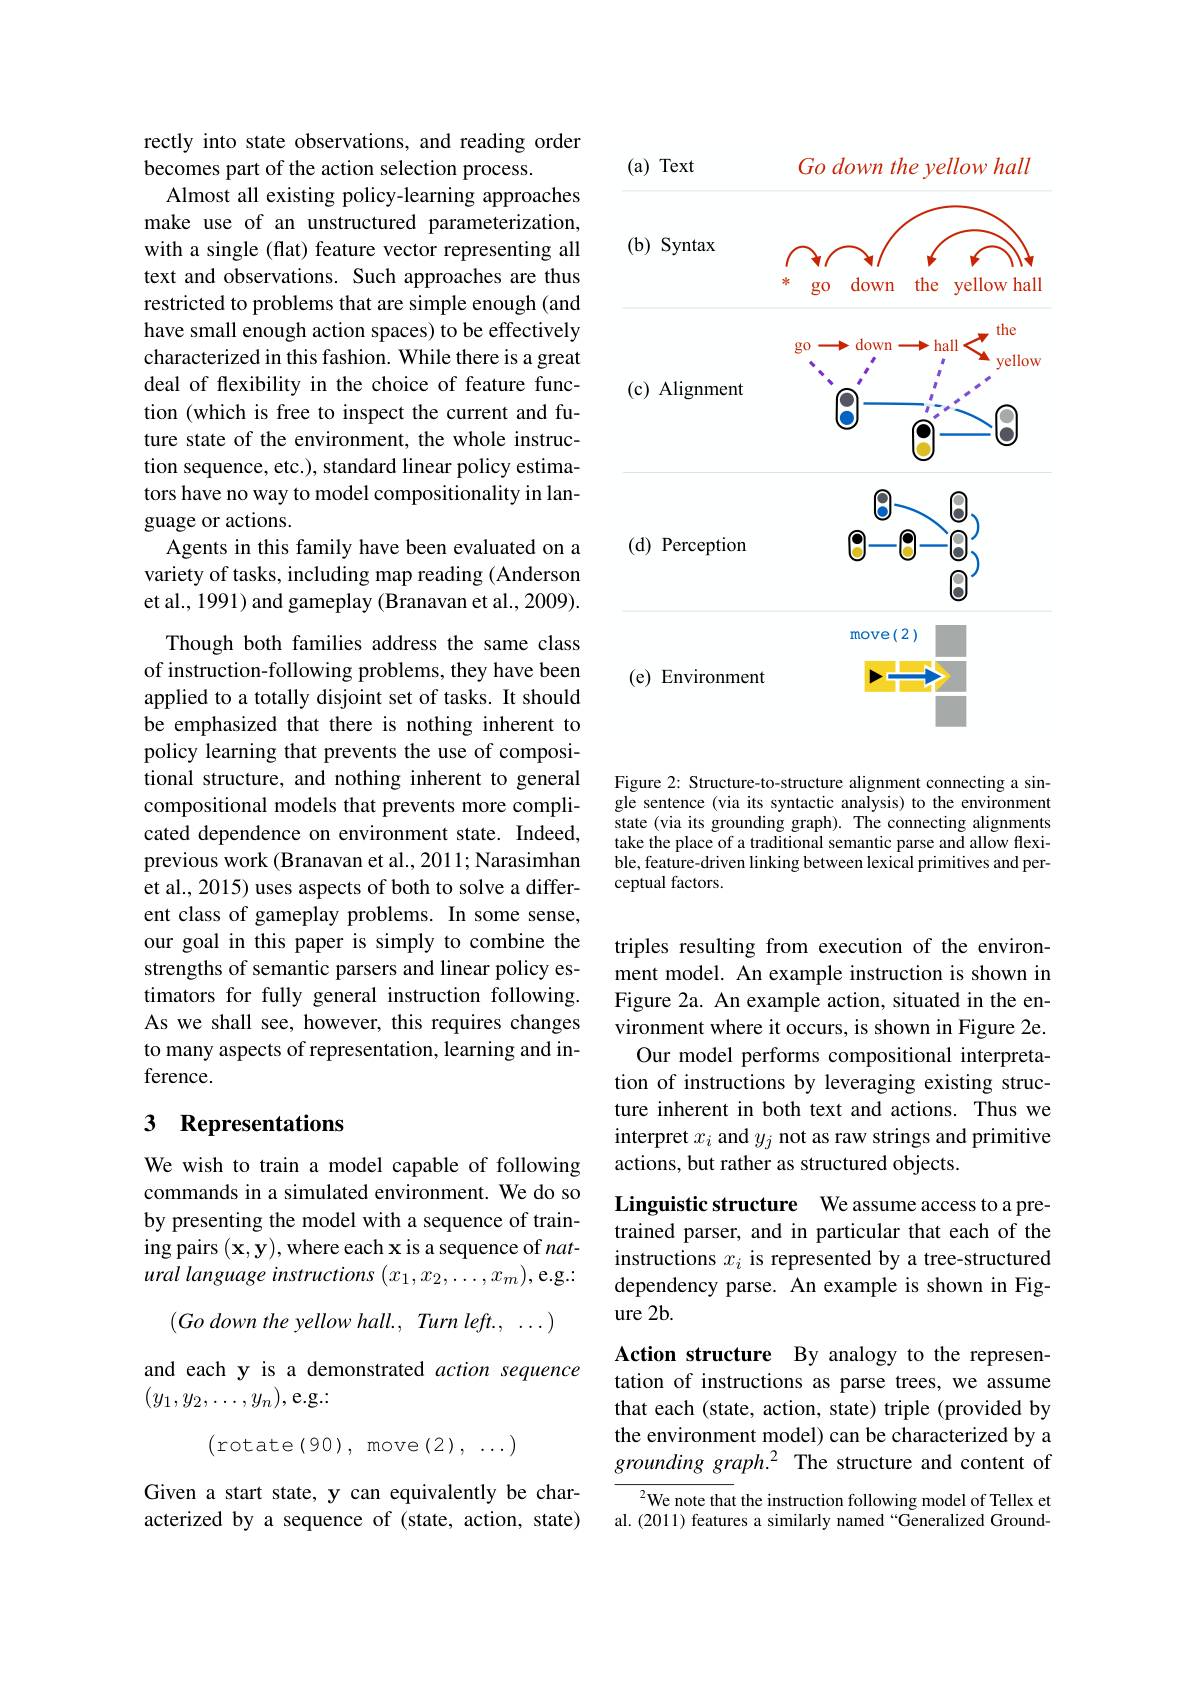
rectly into state observations, and reading order
becomes part of the action selection process.
Almost all existing policy-learning approaches make use of an unstructured parameterization, with a single (flat) feature vector representing all text and observations. Such approaches are thus restricted to problems that are simple enough (and have small enough action spaces) to be effectively characterized in this fashion. While there is a great deal of flexibility in the choice of feature function (which is free to inspect the current and future state of the environment, the whole instruction sequence, etc.), standard linear policy estimators have no way to model compositionality in language or actions.
Agents in this family have been evaluated on a variety of tasks, including map reading (Anderson et al., 1991) and gameplay (Branavan et al., 2009).
Though both families address the same class of instruction-following problems, they have been applied to a totally disjoint set of tasks. It should be emphasized that there is nothing inherent to policy learning that prevents the use of compositional structure, and nothing inherent to general compositional models that prevents more complicated dependence on environment state. Indeed, previous work (Branavan et al., 2011; Narasimhan et al., 2015) uses aspects of both to solve a different class of gameplay problems. In some sense, our goal in this paper is simply to combine the strengths of semantic parsers and linear policy estimators for fully general instruction following. As we shall see, however, this requires changes to many aspects of representation, learning and inference.

## 3 Representations

We wish to train a model capable of following commands in a simulated environment. We do so by presenting the model with a sequence of training pairs $(\mathbf{x},\mathbf{y})$,where each x is a sequence of $nat-$ ural language instructions $(x_1,x_2,\ldots,x_m)$,e.g.
$( Go\textit{down the yellow hall. , Turn left. , . . . ) }$
and each y is a demonstrated action sequence
$(y_1,y_2,\ldots,y_n)$,e.g.:
(rotate(90),move$(2),\ldots)$
Given a start state, y can equivalently be characterized by a sequence of (state, action, state)

<FigureHere>

Figure 2: Structure-to-structure alignment connecting a single sentence (via its syntactic analysis) to the environment state (via its grounding graph). The connecting alignments take the place of a traditional semantic parse and allow flexible, feature-driven linking between lexical primitives and perceptual factors.

triples resulting from execution of the environment model. An example instruction is shown in Figure 2a. An example action, situated in the environment where it occurs, is shown in Figure 2e. Our model performs compositional interpretation of instructions by leveraging existing structure inherent in both text and actions. Thus we interpret $x_i$ and $y_j$ not as raw strings and primitive actions, but rather as structured objects.

Linguistic structure We assume access to a pretrained parser, and in particular that each of the instructions $x_i$ is represented by a tree-structured dependency parse. An example is shown in Figure 2b.

Action structure By analogy to the representation of instructions as parse trees, we assume that each (state, action, state) triple (provided by the environment model) can be characterized by a grounding graph.2 The structure and content of

$^{2}$We note that the instruction following model of Tellex et al. (2011) features a similarly named “Generalized Ground-